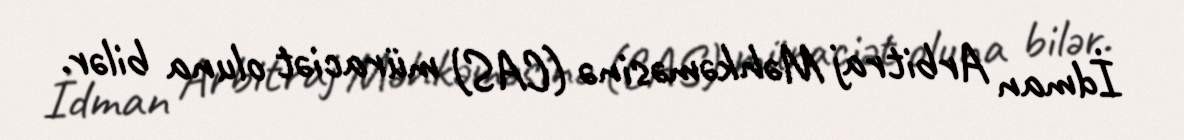
İdman Arbitraj Məhkəməsinə (CAS) müraciət oluna bilər.